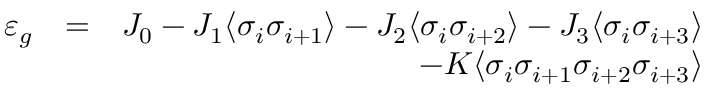
\begin{array} { r l r } { \varepsilon _ { g } } & { = } & { J _ { 0 } - J _ { 1 } \langle \sigma _ { i } \sigma _ { i + 1 } \rangle - J _ { 2 } \langle \sigma _ { i } \sigma _ { i + 2 } \rangle - J _ { 3 } \langle \sigma _ { i } \sigma _ { i + 3 } \rangle } \\ & { } & { - K \langle \sigma _ { i } \sigma _ { i + 1 } \sigma _ { i + 2 } \sigma _ { i + 3 } \rangle } \end{array}